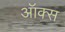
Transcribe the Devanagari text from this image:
ऑक्‍स